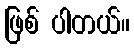
ဖြစ် ပါတယ်။